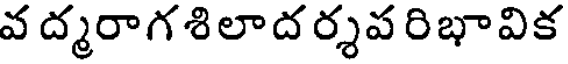
వ ద్మరాగశిలాద ర్శప రిభావిక